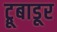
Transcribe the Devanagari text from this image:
ट्रूबाडूर